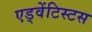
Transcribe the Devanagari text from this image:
एड्वेंटिस्टस